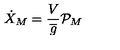
\dot { X } _ { M } = \frac { V } { \overline { { g } } } { \mathcal { P } } _ { M }